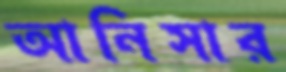
আনিসার